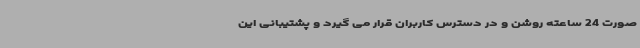
صورت 24 ساعته روشن و در دسترس کاربران قرار می گیرد و پشتیبانی این